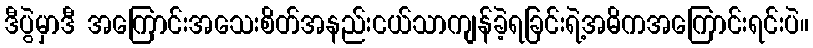
ဒီပွဲမှာဒီ အကြောင်းအသေးစိတ်အနည်းငယ်သာကျန်ခဲ့ရခြင်းရဲ့အဓိကအကြောင်းရင်းပဲ။